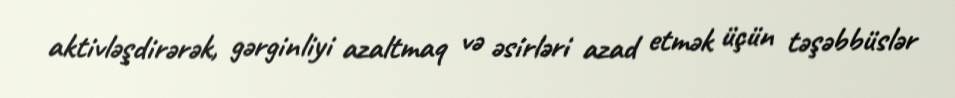
aktivləşdirərək, gərginliyi azaltmaq və əsirləri azad etmək üçün təşəbbüslər